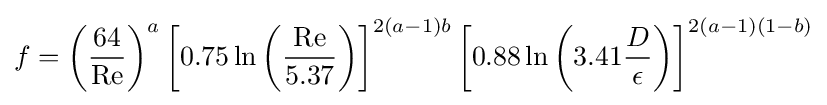
f=\left({\frac {64}{\mathrm {Re} }}\right)^{a}\left[0.75\ln \left({\frac {\mathrm {Re} }{5.37}}\right)\right]^{2(a-1)b}\left[0.88\ln \left(3.41{\frac {D}{\epsilon }}\right)\right]^{2(a-1)(1-b)}